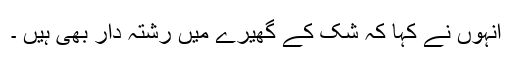
انہوں نے کہا کہ شک کے گھیرے میں رشتہ دار بھی ہیں ۔